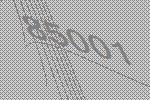
85001